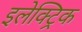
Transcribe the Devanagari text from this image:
इलेक्‍ट्रिक